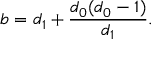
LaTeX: b = d _ { 1 } + { \frac { d _ { 0 } ( d _ { 0 } - 1 ) } { d _ { 1 } } } .